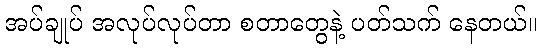
အပ်ချုပ် အလုပ်လုပ်တာ စတာတွေနဲ့ ပတ်သက် နေတယ်။